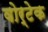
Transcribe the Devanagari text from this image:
वोर्टेक